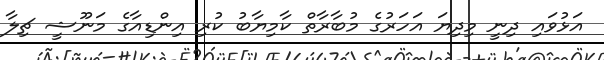
އަޅުވައި ދިނީ މިދިޔަ އަހަރުގެ މުބާރާތް ކާމިޔާބު ކުރި އިންޑިއާގެ މަނޫޝީ ޗިލާ